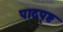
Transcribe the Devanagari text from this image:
पादपृष्ठ